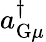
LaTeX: a_{\mathrm{G}\mu}^{\dagger}